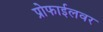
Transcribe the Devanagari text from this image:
प्रोफाईलवर